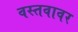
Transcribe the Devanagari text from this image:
वस्तवावर